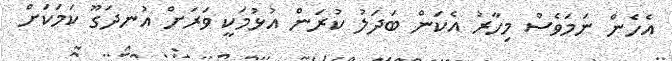
އެހެން ނަމަވެސް މިހާރު އެކަން ބަދަލު ކުރަން އުޅުމަކީ ވަރަށް އުނދަގޫ ކަމަކަށް